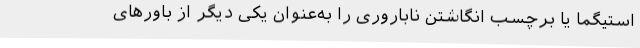
استیگما یا برچسب انگاشتن ناباروری را به‌عنوان یکی دیگر از باور‌های